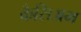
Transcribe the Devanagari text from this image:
कैसिअम